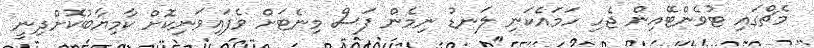
މެޗްގައި ޓުވެންޓޭއިން ޖެހި ހަމައެކަނި ލަނޑު ނިމެން ފަސް މިނެޓަށް ވެފައިވަނިކޮށް ކާމިޔާބުކޮށްދިނީ